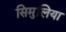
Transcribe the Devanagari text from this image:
सिमुलिया